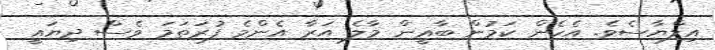
އިލްޔާސެވެ. އެހެން ކަމުން ބާޣީން މާލެ އަރާ އެންމެ ފުރަތަމަ ވެސް ދިޔައީ